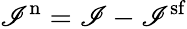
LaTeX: \mathscr{I}^{\mathrm{{n}}}=\mathscr{I}-\mathscr{I}^{\mathrm{{sf}}}